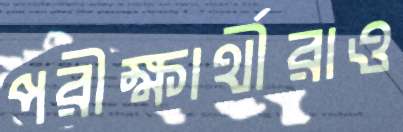
পরীক্ষার্থীরাও